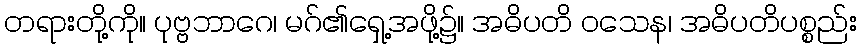
တရားတို့ကို။ ပုဗ္ဗဘာဂေ၊ မဂ်၏ရှေ့အဖို့၌။ အဓိပတိ ဝသေန၊ အဓိပတိပစ္စည်း